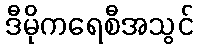
ဒီမိုကရေစီအသွင်